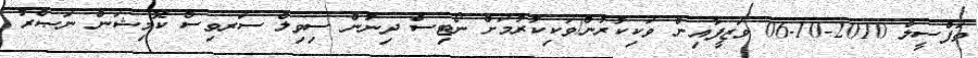
ތަފްސީލް 2010-10-06 ވަޒީފާއިން ވަކިކުރުން/ވަކިކުރުމަށް ނޯޓިސް ދިނުން ސިވިލް ސަރވިސް ކޮމިޝަން ނަޞްރު